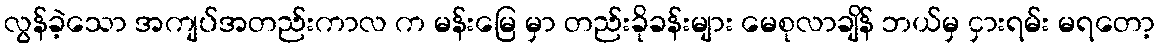
လွန်ခဲ့သော အကျပ်အတည်းကာလ က မန်းမြေ မှာ တည်းခိုခန်းများ မေစုလာချိန် ဘယ်မှ ငှားရမ်း မရတော့